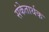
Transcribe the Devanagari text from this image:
संकेतार्थक